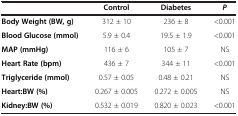
<table><thead><tr><td><b> </b></td><td><b>Control</b></td><td><b>Diabetes</b></td><td><b><i>P</i></b></td></tr></thead><tbody><tr><td><b>Body Weight (BW, g)</b></td><td>312 ± 10</td><td>236 ± 8</td><td>&lt;0.001</td></tr><tr><td><b>Blood Glucose (mmol)</b></td><td>5.9 ± 0.4</td><td>19.5 ± 1.9</td><td>&lt;0.001</td></tr><tr><td><b>MAP (mmHg)</b></td><td>116 ± 6</td><td>105 ± 7</td><td>NS</td></tr><tr><td><b>Heart Rate (bpm)</b></td><td>436 ± 7</td><td>344 ± 11</td><td>&lt;0.001</td></tr><tr><td><b>Triglyceride (mmol)</b></td><td>0.57 ± 0.05</td><td>0.48 ± 0.21</td><td>NS</td></tr><tr><td><b>Heart:BW (%)</b></td><td>0.267 ± 0.005</td><td>0.272 ± 0.005</td><td>NS</td></tr><tr><td><b>Kidney:BW (%)</b></td><td>0.532 ± 0.019</td><td>0.820 ± 0.023</td><td>&lt;0.001</td></tr></tbody></table>